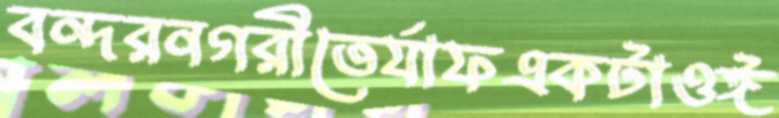
বন্দরনগরীতের‍্যাফএকটাওঈ